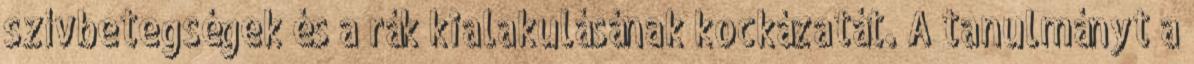
szívbetegségek és a rák kialakulásának kockázatát. A tanulmányt a